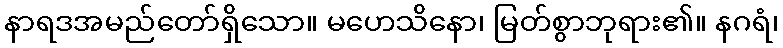
နာရဒအမည်တော်ရှိသော။ မဟေသိနော၊ မြတ်စွာဘုရား၏။ နဂရံ၊